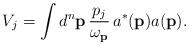
LaTeX: \begin{align*}V_{j}&= \int d^n \mathbf{p}\, \frac{p_j}{\omega_{\textbf{p}}}\, {a}^*(\mathbf{p}) {a}(\mathbf{p}).\end{align*}